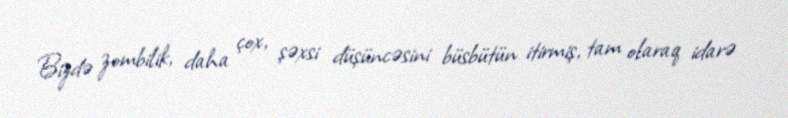
Bizdə zombilik, daha çox, şəxsi düşüncəsini büsbütün itirmiş, tam olaraq idarə